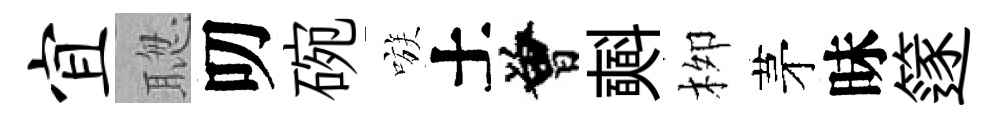
宜聦叨碗嗾土曾𣂏栁茅昧篴